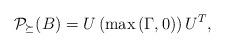
LaTeX: \begin{align*} \mathcal P_{ \succeq}(B)=U\left(\max{(\Gamma,0)}\right)U^T,\end{align*}